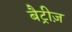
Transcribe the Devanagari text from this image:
बैट्रीज़